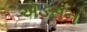
એડસન